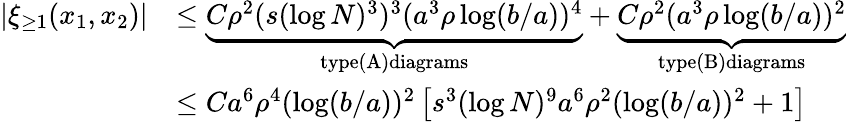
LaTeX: \begin{array}{rl}{|\xi_{\geq 1}(x_{1},x_{2})|}&{\leq\underbrace{C\rho^{2}(s(\log N)^{3})^{3}(a^{3}\rho\log(b/a))^{4}}_{\textnormal{type(A)diagrams}}+\underbrace{C\rho^{2}(a^{3}\rho\log(b/a))^{2}}_{\textnormal{type(B)diagrams}}}\\ &{\leq Ca^{6}\rho^{4}(\log(b/a))^{2}\left[s^{3}(\log N)^{9}a^{6}\rho^{2}(\log(b/a))^{2}+1\right]}\end{array}